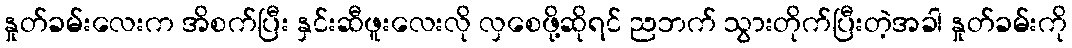
နှုတ်ခမ်းလေးက အိစက်ပြီး နှင်းဆီဖူးလေးလို လှစေဖို့ဆိုရင် ညဘက် သွားတိုက်ပြီးတဲ့အခါ နှုတ်ခမ်းကို